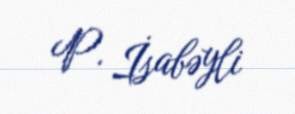
P. İsabəyli